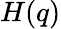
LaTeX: H(q)